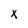
Character: x